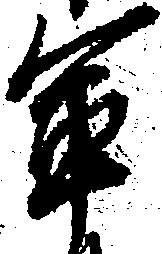
軍